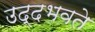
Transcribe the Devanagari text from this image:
उद्दभवते